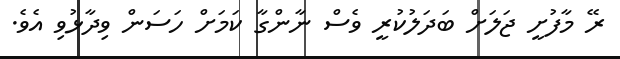
ރޭ މާފުށީ ޖަލަށް ބަދަލުކުރީ ވެސް ނާންގާ ކަމަށް ހަސަން ވިދާޅުވި އެވެ.